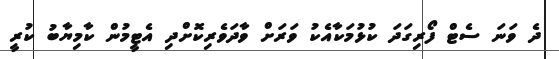
ދެ ވަަނަ ސެޓް ފޯރިގަދަ ކުޅުމަކާއެކު ވަރަށް ވާދަވެރިކޮށްދި އެޓީމުން ކާމިޔާބު ކުރީ